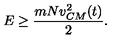
E \ge \frac { m N v _ { C M } ^ { 2 } ( t ) } { 2 } .